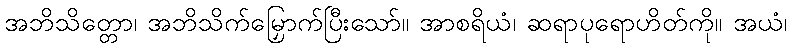
အဘိသိတ္တော၊ အဘိသိက်မြှောက်ပြီးသော်။ အာစရိယံ၊ ဆရာပုရောဟိတ်ကို။ အယံ၊